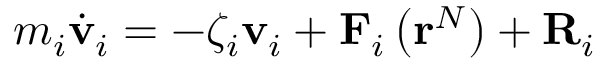
\begin{array} { r } { m _ { i } \dot { \mathbf { v } } _ { i } = - \zeta _ { i } \mathbf { v } _ { i } + \mathbf { F } _ { i } \left( \mathbf { r } ^ { N } \right) + \mathbf { R } _ { i } } \end{array}